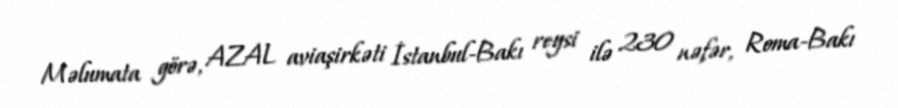
Məlumata görə, AZAL aviaşirkəti İstanbul-Bakı reysi ilə 230 nəfər, Roma-Bakı